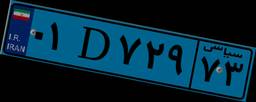
۰۱D۷۲۹۷۳